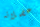
عضلاته